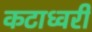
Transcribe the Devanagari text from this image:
कटाध्वरी